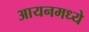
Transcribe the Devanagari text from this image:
आयनमध्ये